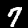
Label: 7